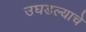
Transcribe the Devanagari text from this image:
उघडल्‍याचे